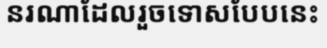
នរណាដែលរួចទោសបែបនេះ